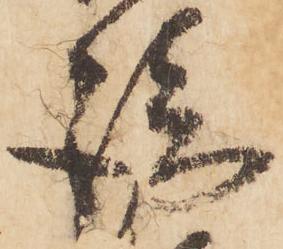
談